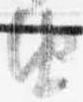
由